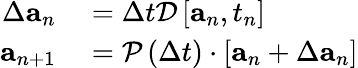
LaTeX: \begin{array}{r}{\begin{array}{rl}{\Delta\mathbf{a}_{n}}&{{}=\Delta t\mathcal{D}\left[\mathbf{a}_{n},t_{n}\right]}\\ {\mathbf{a}_{n+1}}&{{}=\mathcal{P}\left(\Delta t\right)\cdot\left[\mathbf{a}_{n}+\Delta\mathbf{a}_{n}\right]}\end{array}}\end{array}